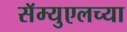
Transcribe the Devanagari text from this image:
सॅम्युएलच्या